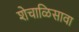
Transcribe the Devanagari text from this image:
शेचाळिसावा